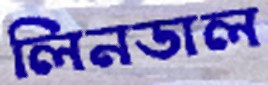
লিনডাল